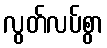
လွတ်လပ်စွာ